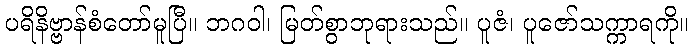
ပရိနိဗ္ဗာန်စံတော်မူပြီ။ ဘဂဝါ၊ မြတ်စွာဘုရားသည်။ ပူဇံ၊ ပူဇော်သက္ကာရကို။